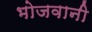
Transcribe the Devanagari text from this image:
भोजवानी